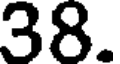
38.